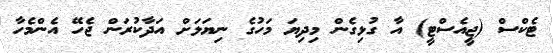
ޓެކްސް (ޖީއެސްޓީ) އާ ގުޅިގެން މިދިޔަ މަހުގެ ނިޔަލަށް އަދާކުރަން ޖެހޭ އެންމެހާ